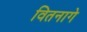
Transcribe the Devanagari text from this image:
वितनागे